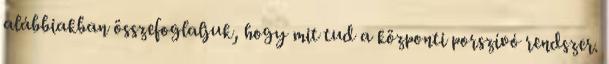
alábbiakban összefoglaljuk, hogy mit tud a központi porszívó rendszer.